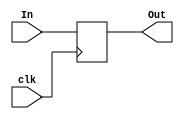
module Register(clk,In,Out);
// I/O ports

input clk;
input [3:0]In;
output [3:0] Out;
reg [3:0] Out;
always @ (posedge clk)
begin
Out <= In;
end
endmodule